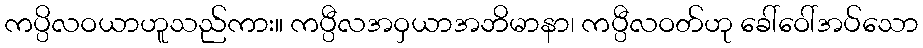
ကပ္ပိလဝယာဟူသည်ကား။ ကပ္ပီလအဝှယာအဘိမာနာ၊ ကပ္ပီလဝတ်ဟု ခေါ်ဝေါ်အပ်သော